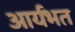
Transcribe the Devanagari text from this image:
आर्यभत